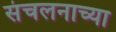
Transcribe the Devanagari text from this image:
संचलनाच्या